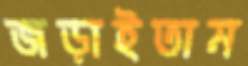
জড়াইতাম